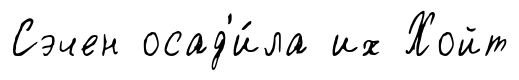
Сэчен осад'и́ла их Хойт